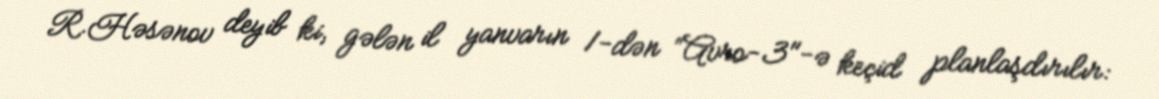
R.Həsənov deyib ki, gələn il yanvarın 1-dən “Avro-3"-ə keçid planlaşdırılır: